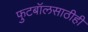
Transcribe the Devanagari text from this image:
फुटबॉलसाठीही